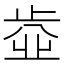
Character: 𣦄